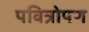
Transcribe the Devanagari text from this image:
पवित्रोपण